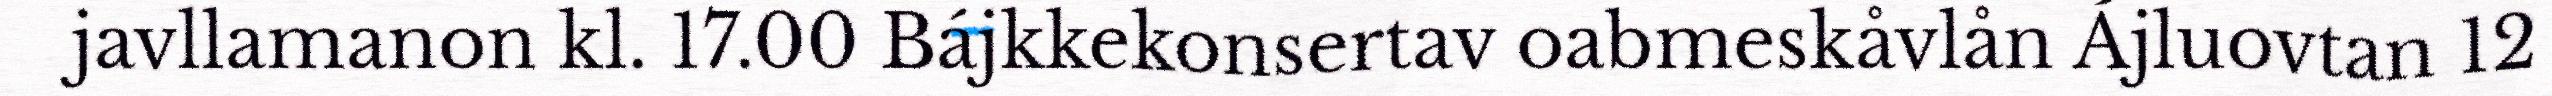
javllamanon kl. 17.00 Bájkkekonsertav oabmeskåvlån Ájluovtan 12